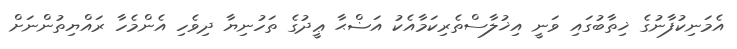
އެމަނިކުފާނުގެ ޚިތާބުގައި ވަނީ އިޚުލާސްތެރިކަމާއެކު އަޟްޙާ ޢީދުގެ ތަހުނިޔާ ދިވެހި އެންމެހާ ރައްޔިތުންނަށް